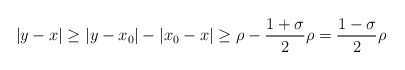
\begin{align*}|y-x| \geq |y-x_0|-|x_0-x| \geq \rho-\frac{1+\sigma}{2}\rho=\frac{1-\sigma}{2}\rho\end{align*}